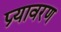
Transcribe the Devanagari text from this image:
प्र्यावरण